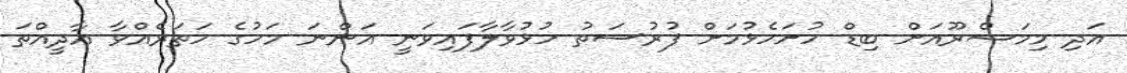
އަދި މިމަޝްރޫއަށް ބިޑް ހުށަހެޅުމަށް ފުރުސަތު ހުޅުވާލާފައިވަނީ އަންނަ މަހުގެ ހަތަރެއްވާ އާދީއްތަ